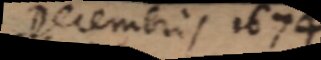
Decembris 1674